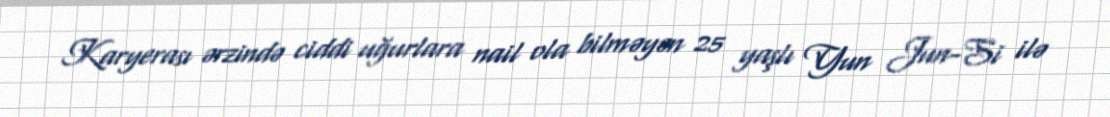
Karyerası ərzində ciddi uğurlara nail ola bilməyən 25 yaşlı Yun Jun-Si ilə